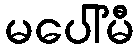
မပေါ်မီ